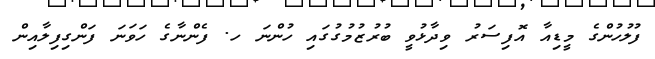
ފުލުހުންގެ މީޑިއާ އޮފިސަރު ވިދާޅުވީ ބުރުޒުމުގުގައި ހުންނަ ހ. ފެންނާގެ ހަވަނަ ފަންގިފިލާއިން